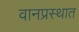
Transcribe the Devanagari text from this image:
वानप्रस्थात